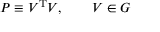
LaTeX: { \cal { P } } \equiv { \cal { V } } ^ { \mathrm { T } } { \cal { V } } , \qquad { \cal { V } } \in G